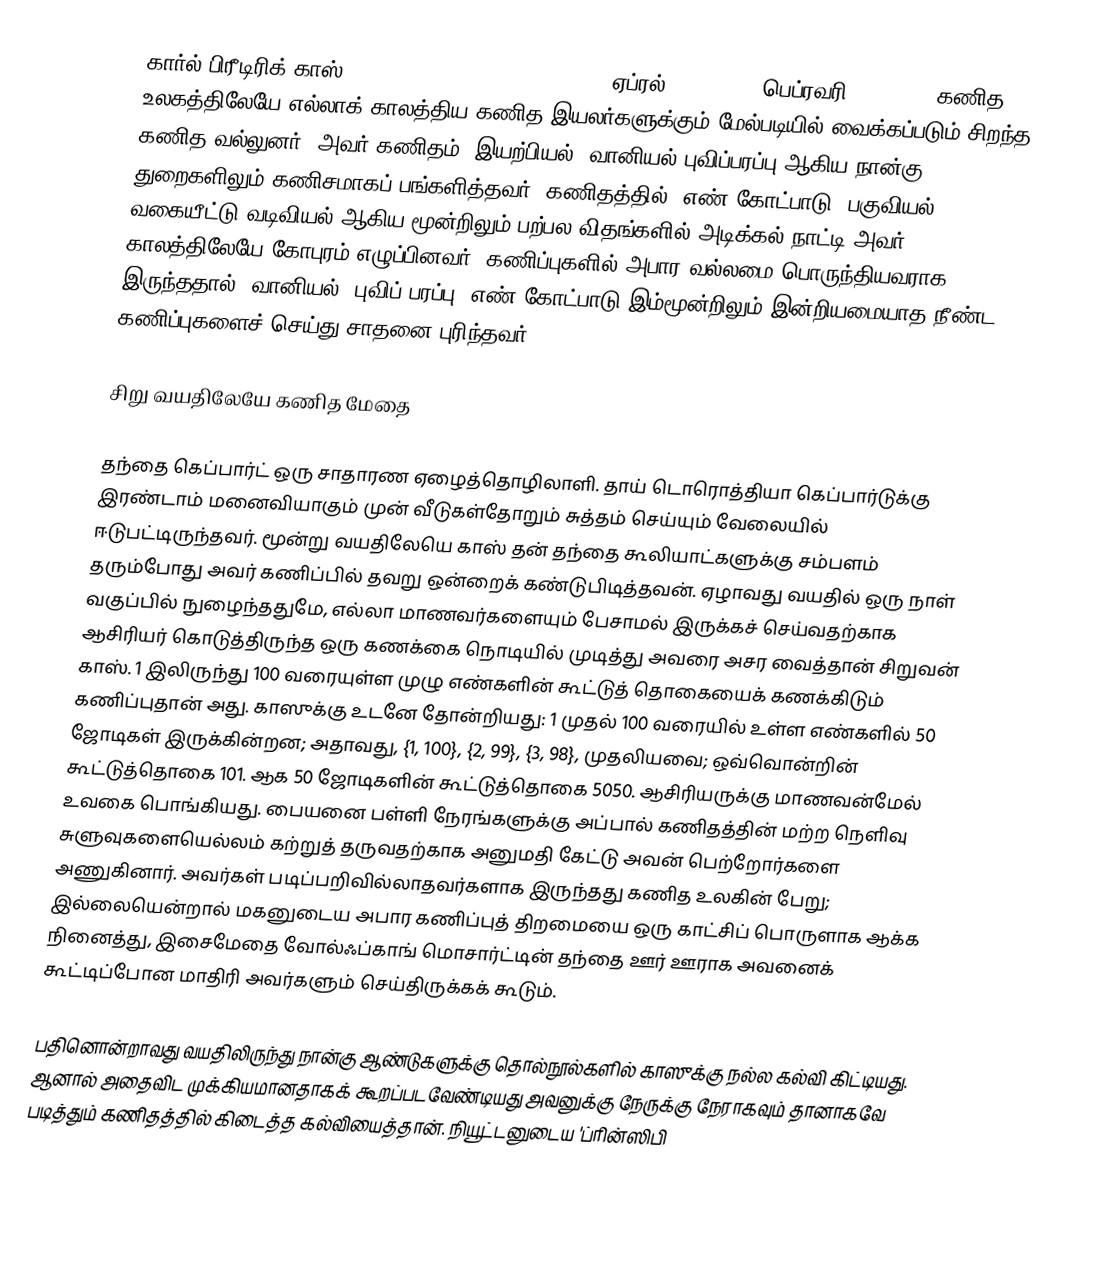
கார்ல் பிரீடிரிக் காஸ் (; Johann Carl Friedrich Gauss, ஏப்ரல் 30, 1777 – பெப்ரவரி 23, 1855) கணித உலகத்திலேயே எல்லாக் காலத்திய கணித இயலர்களுக்கும் மேல்படியில் வைக்கப்படும் சிறந்த கணித வல்லுனர். அவர் கணிதம், இயற்பியல், வானியல்,புவிப்பரப்பு ஆகிய நான்கு துறைகளிலும் கணிசமாகப் பங்களித்தவர். கணிதத்தில், எண் கோட்பாடு, பகுவியல், வகையீட்டு வடிவியல் ஆகிய மூன்றிலும் பற்பல விதங்களில் அடிக்கல் நாட்டி அவர் காலத்திலேயே கோபுரம் எழுப்பினவர். கணிப்புகளில் அபார வல்லமை பொருந்தியவராக இருந்ததால், வானியல், புவிப் பரப்பு, எண் கோட்பாடு இம்மூன்றிலும் இன்றியமையாத நீண்ட கணிப்புகளைச் செய்து சாதனை புரிந்தவர்.

சிறு வயதிலேயே கணித மேதை

தந்தை கெப்பார்ட் ஒரு சாதாரண ஏழைத்தொழிலாளி. தாய் டொரொத்தியா கெப்பார்டுக்கு இரண்டாம் மனைவியாகும் முன் வீடுகள்தோறும் சுத்தம் செய்யும் வேலையில் ஈடுபட்டிருந்தவர். மூன்று வயதிலேயெ காஸ் தன் தந்தை கூலியாட்களுக்கு சம்பளம் தரும்போது அவர் கணிப்பில் தவறு ஒன்றைக் கண்டுபிடித்தவன். ஏழாவது வயதில் ஒரு நாள் வகுப்பில் நுழைந்ததுமே, எல்லா மாணவர்களையும் பேசாமல் இருக்கச் செய்வதற்காக ஆசிரியர் கொடுத்திருந்த ஒரு கணக்கை நொடியில் முடித்து அவரை அசர வைத்தான் சிறுவன் காஸ். 1 இலிருந்து 100 வரையுள்ள முழு எண்களின் கூட்டுத் தொகையைக் கணக்கிடும் கணிப்புதான் அது. காஸுக்கு உடனே தோன்றியது: 1 முதல் 100 வரையில் உள்ள எண்களில் 50 ஜோடிகள் இருக்கின்றன; அதாவது, {1, 100}, {2, 99}, {3, 98}, முதலியவை; ஒவ்வொன்றின் கூட்டுத்தொகை 101. ஆக 50 ஜோடிகளின் கூட்டுத்தொகை 5050. ஆசிரியருக்கு மாணவன்மேல் உவகை பொங்கியது. பையனை பள்ளி நேரங்களுக்கு அப்பால் கணிதத்தின் மற்ற நெளிவு சுளுவுகளையெல்லம் கற்றுத் தருவதற்காக அனுமதி கேட்டு அவன் பெற்றோர்களை அணுகினார். அவர்கள் படிப்பறிவில்லாதவர்களாக இருந்தது கணித உலகின் பேறு; இல்லையென்றால் மகனுடைய அபார கணிப்புத் திறமையை ஒரு காட்சிப் பொருளாக ஆக்க நினைத்து, இசைமேதை வோல்ஃப்காங் மொசார்ட்டின் தந்தை ஊர் ஊராக அவனைக் கூட்டிப்போன மாதிரி அவர்களும் செய்திருக்கக் கூடும்.

பதினொன்றாவது வயதிலிருந்து நான்கு ஆண்டுகளுக்கு தொல்நூல்களில் காஸுக்கு நல்ல கல்வி கிட்டியது. ஆனால் அதைவிட முக்கியமானதாகக் கூறப்படவேண்டியது அவனுக்கு நேருக்கு நேராகவும் தானாகவே படித்தும் கணிதத்தில் கிடைத்த கல்வியைத்தான். நியூட்டனுடைய 'ப்ரின்ஸிபி